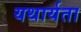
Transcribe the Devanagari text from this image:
यथार्यता